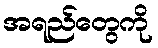
အရည်တွေကို